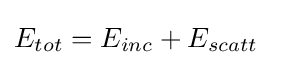
E_{tot}=E_{inc}+E_{scatt}\